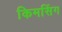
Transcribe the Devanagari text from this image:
किमसिंग